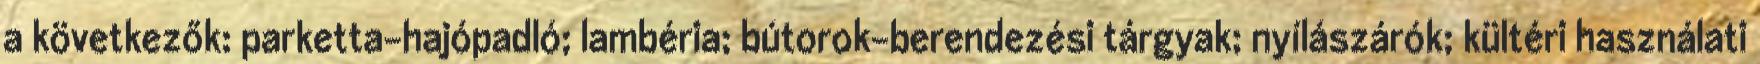
a következők: parketta-hajópadló; lambéria; bútorok-berendezési tárgyak; nyílászárók; kültéri használati